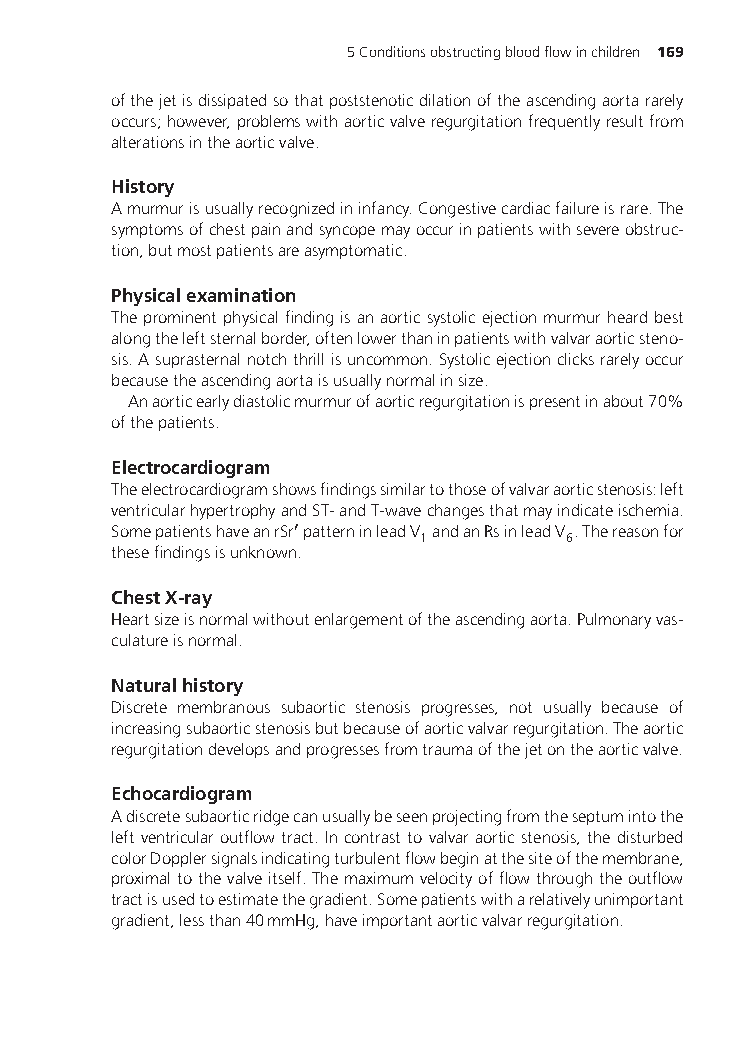
5Conditionsobstructingbloodflowinchildren 169
 ofthejetisdissipatedsothatpoststenoticdilationoftheascendingaortararely
 occurs;however,problemswithaorticvalveregurgitationfrequentlyresultfrom
 alterationsintheaorticvalve.
 History
 Amurmurisusuallyrecognizedininfancy.Congestivecardiacfailureisrare.The
 symptomsofchestpainandsyncopemayoccurinpatientswithsevereobstruc-
 tion,butmostpatientsareasymptomatic.
 Physicalexamination
 Theprominentphysicalfindingisanaorticsystolicejectionmurmurheardbest
 alongtheleftsternalborder,oftenlowerthaninpatientswithvalvaraorticsteno-
 sis.Asuprasternalnotchthrillisuncommon.Systolicejectionclicksrarelyoccur
 becausetheascendingaortaisusuallynormalinsize.
 Anaorticearlydiastolicmurmurofaorticregurgitationispresentinabout70%
 ofthepatients.
 Electrocardiogram
 Theelectrocardiogramshowsfindingssimilartothoseofvalvaraorticstenosis:left
 ventricularhypertrophyandST-andT-wavechangesthatmayindicateischemia.
 SomepatientshaveanrSr′patterninleadV andanRsinleadV .Thereasonfor
 1         6
 thesefindingsisunknown.
 ChestX-ray
 Heartsizeisnormalwithoutenlargementoftheascendingaorta.Pulmonaryvas-
 culatureisnormal.
 Naturalhistory
 Discrete membranous subaortic stenosis progresses, not usually because of
 increasingsubaorticstenosisbutbecauseofaorticvalvarregurgitation.Theaortic
 regurgitationdevelopsandprogressesfromtraumaofthejetontheaorticvalve.
 Echocardiogram
 Adiscretesubaorticridgecanusuallybeseenprojectingfromtheseptumintothe
 leftventricularoutflowtract.Incontrasttovalvaraorticstenosis,thedisturbed
 colorDopplersignalsindicatingturbulentflowbeginatthesiteofthemembrane,
 proximaltothevalveitself.Themaximumvelocityofflowthroughtheoutflow
 tractisusedtoestimatethegradient.Somepatientswitharelativelyunimportant
 gradient,lessthan40mmHg,haveimportantaorticvalvarregurgitation.